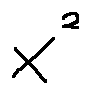
x ^ { 2 }